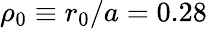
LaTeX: \rho_{0}\equiv r_{0}/a=0.28